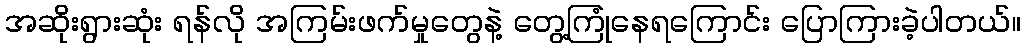
အဆိုးရွားဆုံး ရန်လို အကြမ်းဖက်မှုတွေနဲ့ တွေ့ကြုံနေရကြောင်း ပြောကြားခဲ့ပါတယ်။